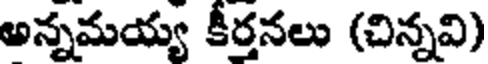
అన్నమయ్య కీర్తనలు (చిన్నవి)